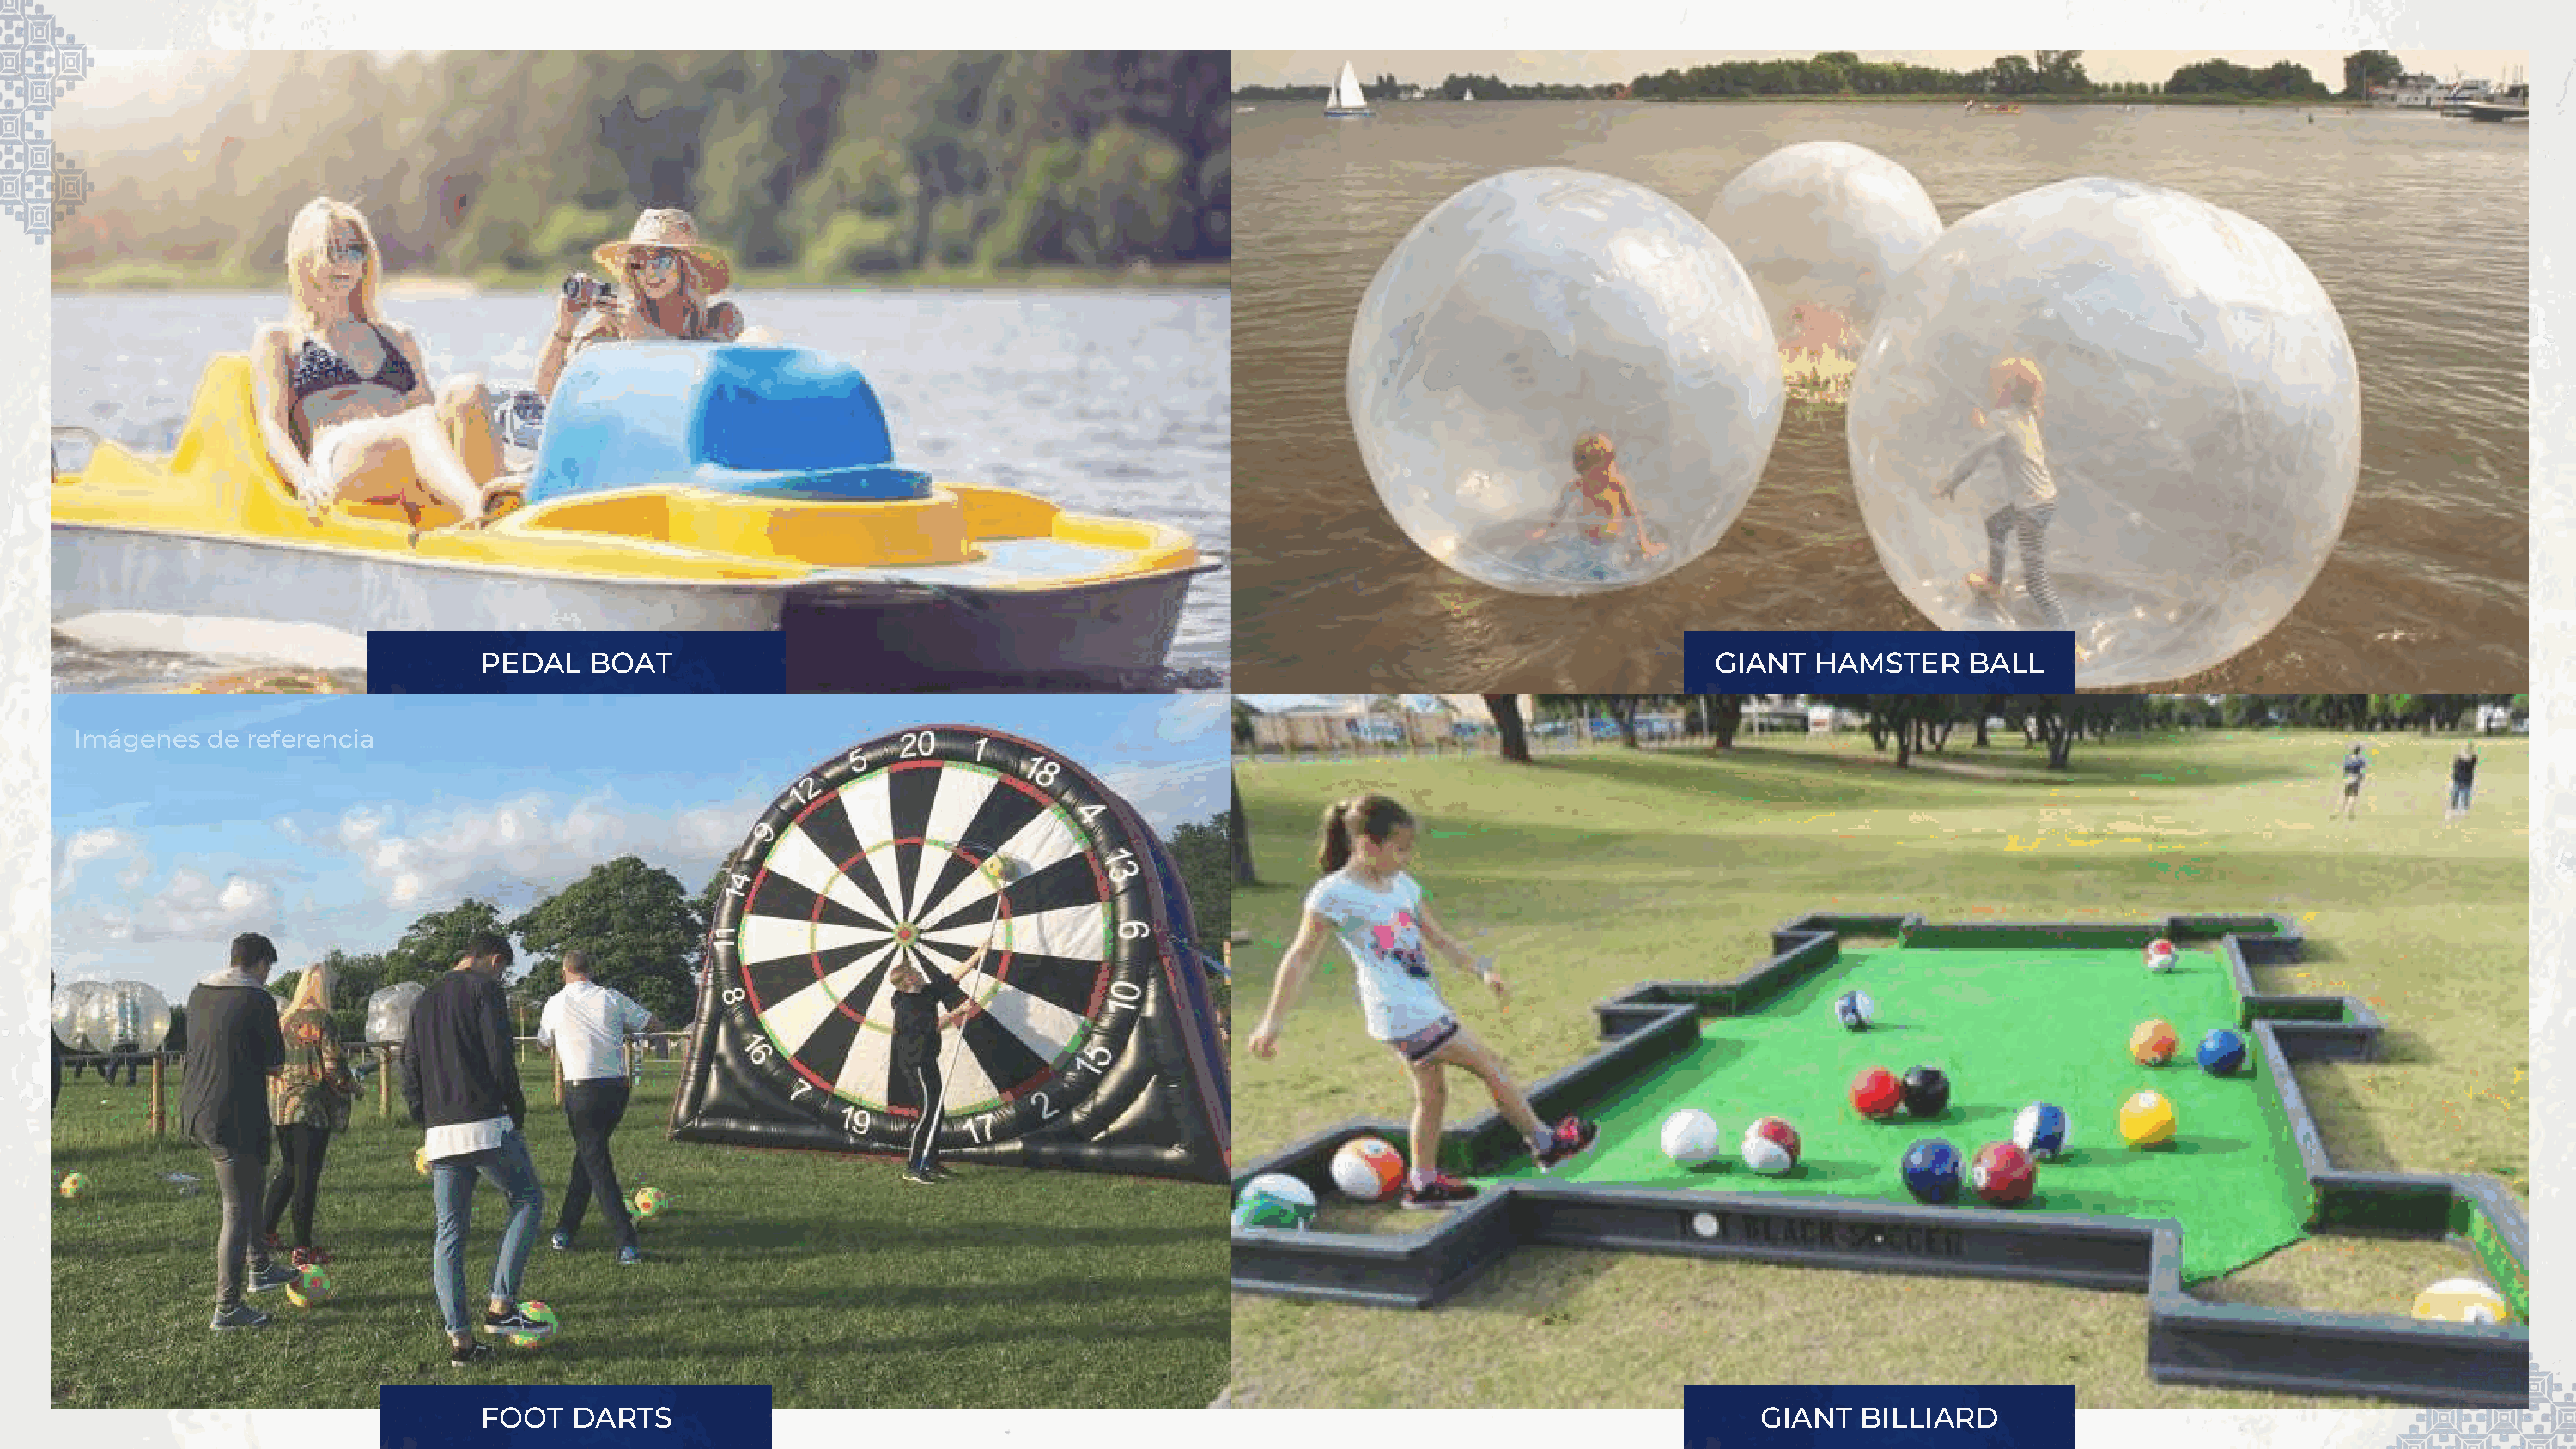
Imágenes   referenciales
 PEDAL   BOAT                                                                                   GIANT   HAMSTER     BALL
 Imágenes  de referencia
 FOOT   DARDS
 FOOT   DARTS                                                                                       GIANT  BILLIARD